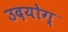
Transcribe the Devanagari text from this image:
उदयोग्